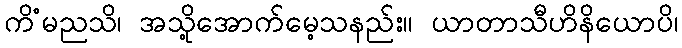
ကိံမညသိ၊ အသို့အောက်မေ့သနည်း။ ယာတာသီဟိနိယောပိ၊